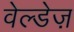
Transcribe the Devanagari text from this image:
वेल्डेज़